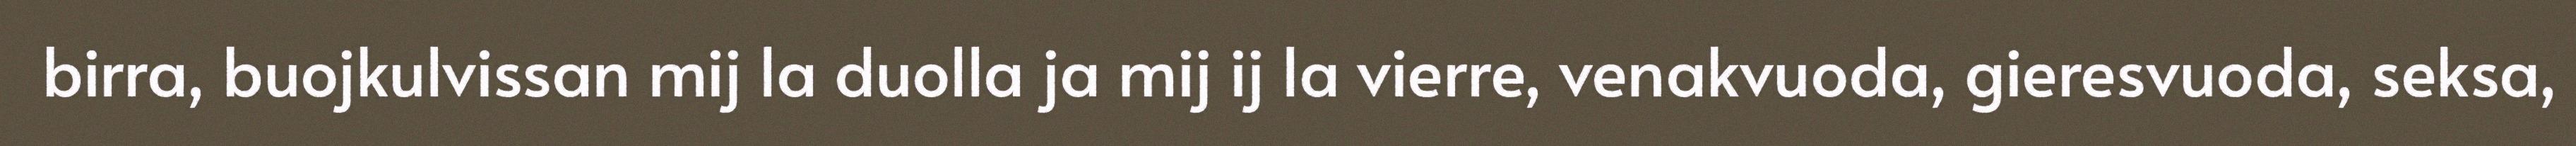
birra, buojkulvissan mij la duolla ja mij ij la vierre, venakvuoda, gieresvuoda, seksa,